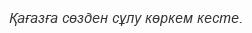
Қағазға сөзден сұлу көркем кесте.